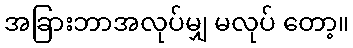
အခြားဘာအလုပ်မျှ မလုပ် တော့။